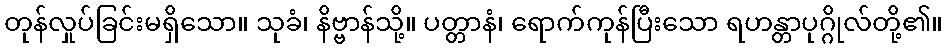
တုန်လှုပ်ခြင်းမရှိသော။ သုခံ၊ နိဗ္ဗာန်သို့။ ပတ္တာနံ၊ ရောက်ကုန်ပြီးသော ရဟန္တာပုဂ္ဂိုလ်တို့၏။